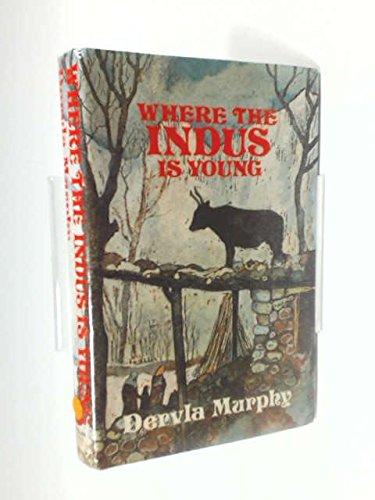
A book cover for Where the Indus Is Young: A Winter in Baltisan; Dervla Murphy; Travel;